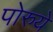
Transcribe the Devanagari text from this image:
पोरुये